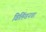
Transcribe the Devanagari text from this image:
विलिंग्डनचा